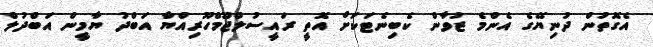
އެގޮތުން ދުނިޔޭގެ އެންމެ ޒުވާން ކެބިނެޓަކަށް އޮތީ ރައީސުލްޖޫމްހޫރިއްޔާ އަބްދު ޔާމީން އަބްދުލް